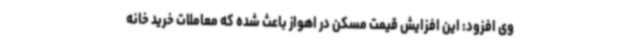
وی افزود: این افزایش قیمت مسکن در اهواز باعث شده که معاملات خرید خانه